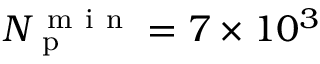
N _ { \mathrm { ~ p ~ } } ^ { \mathrm { ~ m ~ i ~ n ~ } } = 7 \times 1 0 ^ { 3 }